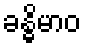
ခန္ဓိမာဝ